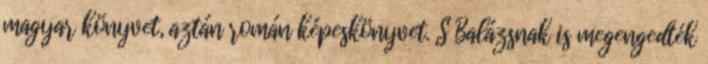
magyar könyvet, aztán román képeskönyvet. S Balázsnak is megengedték